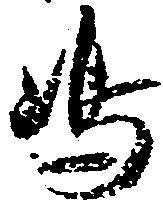
嶋